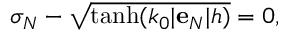
\begin{array} { r } { \sigma _ { N } - \sqrt { \operatorname { t a n h } ( k _ { 0 } | \mathbf { e } _ { N } | h ) } = 0 , } \end{array}